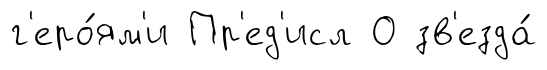
г'еро́ям'и Пр'ед'исл О зв'езда́